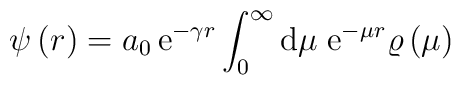
\psi\left(r\right)=a_0\,{\rm e}^{-\gamma r}\int_0^\infty{\rm d}\mu\;{\rm e}^{-\mu r}\varrho\left(\mu\right)